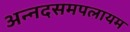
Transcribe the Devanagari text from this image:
अन्नदसमपलायम